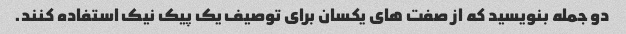
دو جمله بنویسید که از صفت های یکسان برای توصیف یک پیک نیک استفاده کنند.